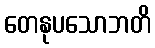
တေနုပသောဘတိ